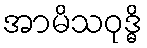
အာမိသဝုဒ္ဓိ